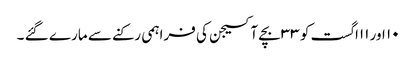
۱۰ اور ۱۱اگست کو ۳۳ بچے آکسیجن کی فراہمی رکنے سے مارے گئے ۔